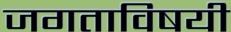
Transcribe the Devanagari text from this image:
जगताविषयी